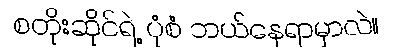
စတိုးဆိုင်ရဲ့ ပုံစံ ဘယ်နေရာမှာလဲ။